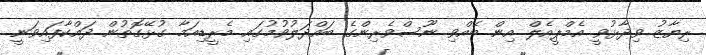
ރިޔާޒު ވިދާޅުވީ އެމްޕީއެލް އިން ބޭއްވި ނޫސްވެރިންގެ ބައްދަލުވުމުގައި މެރީޑިއަމާ ގުޅޭގޮތުން ދައްކާފައިވަނީ